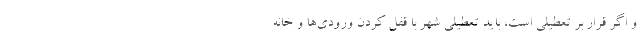
و اگر قرار بر تعطیلی است، باید تعطیلی شهر با قفل کردن ورودی‌ها و خانه